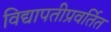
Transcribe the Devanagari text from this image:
विद्यापतीप्रवर्तित